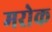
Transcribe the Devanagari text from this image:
मरोक